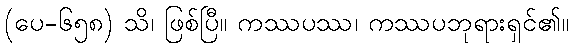
(ပေ-၆၅၈) သိ၊ ဖြစ်ပြီ။ ကဿပဿ၊ ကဿပဘုရားရှင်၏။